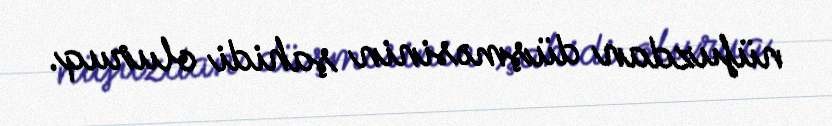
nüfuzdan düşməsinin şahidi oluruq.